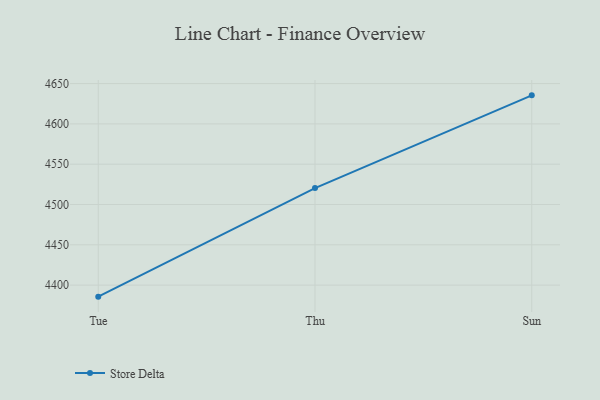
{"axis": {"x": "Day", "y": "Budget (USD K)"}, "legend": ["Store Delta"], "data": [{"x": "Tue", "y": 4385.7, "type": "Store Delta"}, {"x": "Thu", "y": 4520.4, "type": "Store Delta"}, {"x": "Sun", "y": 4635.4, "type": "Store Delta"}]}